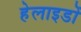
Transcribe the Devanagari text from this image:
हेलाइडों